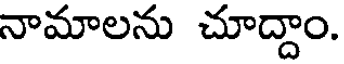
నామాలను చూద్దాం.